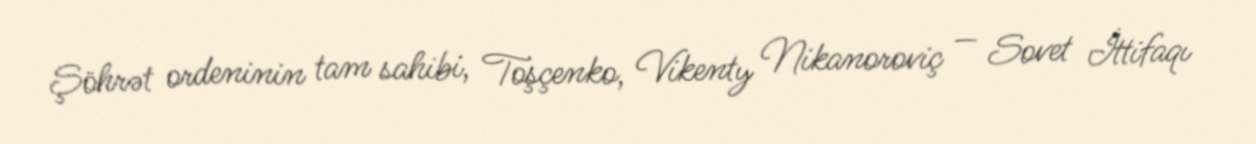
Şöhrət ordeninin tam sahibi, Toşçenko, Vikenty Nikanoroviç — Sovet İttifaqı